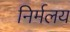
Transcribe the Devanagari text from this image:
निर्मलय